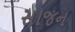
સાજન